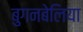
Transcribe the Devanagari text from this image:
बुगनबेलिया